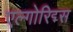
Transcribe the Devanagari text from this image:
एल्गोरिद्म्स